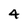
Character: 4